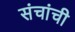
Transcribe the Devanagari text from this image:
संचांची